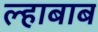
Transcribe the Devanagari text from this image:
ल्हाबाब